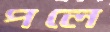
পলে